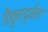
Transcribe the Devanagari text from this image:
वैद्युतदुर्बल